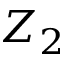
Z _ { 2 }